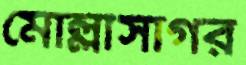
মোল্লাসাগর